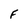
Character: F